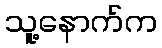
သူ့နောက်က